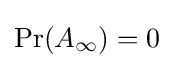
\operatorname {Pr} (A_{\infty })=0